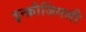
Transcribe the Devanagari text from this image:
इन्क्रीजिंगली